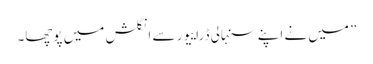
” میں نے اپنے سنہالی ڈراییور سے انگلش میں پوچھا۔